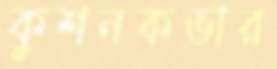
কুশনকভার